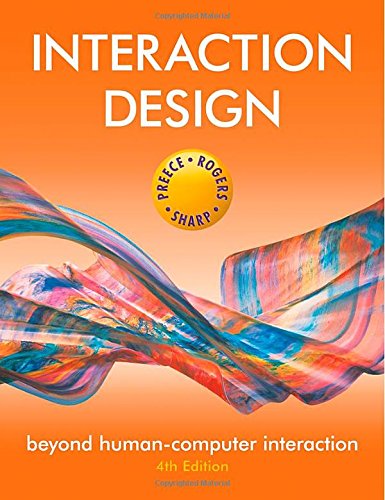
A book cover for Interaction Design: Beyond Human-Computer Interaction; Jenny Preece; Computers & Technology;